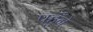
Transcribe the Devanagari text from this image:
पहुँने